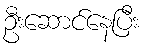
ဦးဆောင်နေပြီး